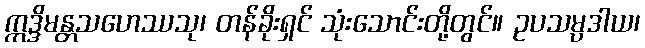
ဣဒ္ဒိမန္တသဟေဿသု၊ တန်ခိုးရှင် သုံးသောင်းတို့တွင်။ ဥပသမ္ပဒါယ၊